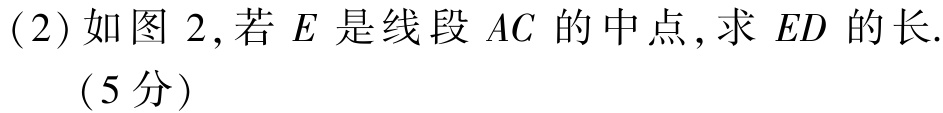
(2)如图 2,若 \(E\) 是线段 \(AC\) 的中点,求 \(ED\) 的长.

（5分）